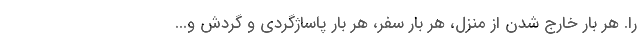
را. هر بار خارج شدن از منزل، هر بار سفر، هر بار پاساژگردی و گردش و...